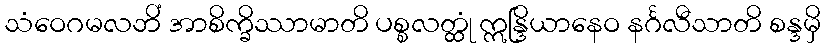
သံဝေဂမလဘိံ အာစိက္ခိဿာမာတိ ပစ္စလတ္ထုံ ဣန္ဒြိယာနေဝ နင်္ဂလီသာတိ စန္ဒမှိ